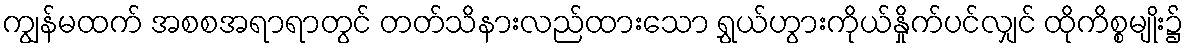
ကျွန်မထက် အစစအရာရာတွင် တတ်သိနားလည်ထားသော ရွှယ်ဟွားကိုယ်နှိုက်ပင်လျှင် ထိုကိစ္စမျိုး၌